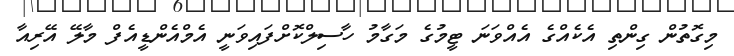
މިގޮތުން ގިންތި އެކެއްގެ އެއްވަނަ ޓީމުގެ މަގާމު ހާސިލްކޮށްފައިވަނީ އެމްއެންޑީއެފް މާލޭ އޭރިއާ